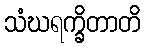
သံဃရက္ခိတာတိ